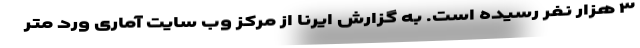
۳ هزار نفر رسیده است. به گزارش ایرنا از مرکز وب سایت آماری ورد متر